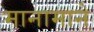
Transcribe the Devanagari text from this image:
मानामाने